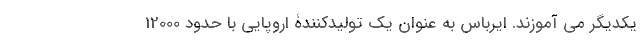
یکدیگر می­ آموزند. ایرباس به عنوان یک تولیدکنندۀ اروپایی با حدود 12000